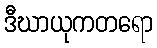
ဒီဃာယုကတရော